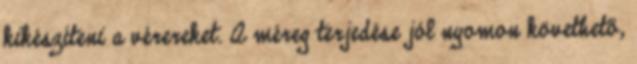
kikészíteni a vérereket. A méreg terjedése jól nyomon követhető,